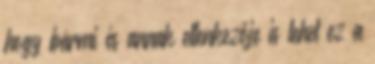
hogy bármi és annak ellenkezője is lehet ez a